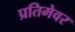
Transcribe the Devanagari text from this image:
प्रतिमेवर